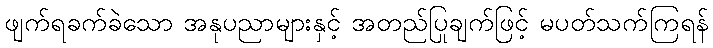
ဖျက်ရခက်ခဲသော အနုပညာများနှင့် အတည်ပြုချက်ဖြင့် မပတ်သက်ကြရန်